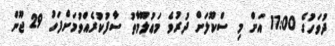
ދުވަހުގެ 11:00 އަށް މި ސްކޫލަށް ދުރުވެ މަޢުލޫމާތު ސާފުކުރެއްވުމަށްފަހު 29 ޖޫން